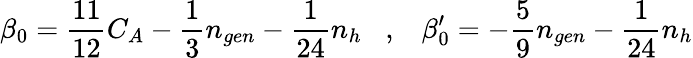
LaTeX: \beta_{0}=\frac{11}{12}C_{A}-\frac{1}{3}n_{gen}-\frac{1}{24}n_{h}\; \; \; ,\; \; \; \beta_{0}^{\prime}=-\frac{5}{9}n_{gen}-\frac{1}{24}n_{h}